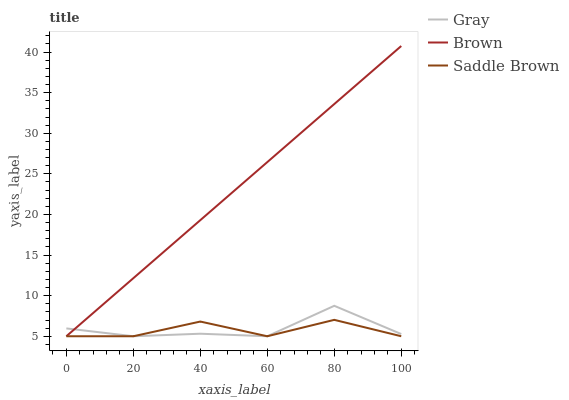
| xaxis_label | Gray | Brown | Saddle Brown |
 | --- | --- | --- | --- |
 | 0 | 5.96 | 5 | 5 |
 | 20 | 5 | 12.1 | 5 |
 | 40 | 5.31 | 19.3 | 6.81 |
 | 60 | 5 | 26.4 | 5 |
 | 80 | 8.75 | 33.6 | 7.02 |
 | 100 | 5.27 | 40.7 | 5 |